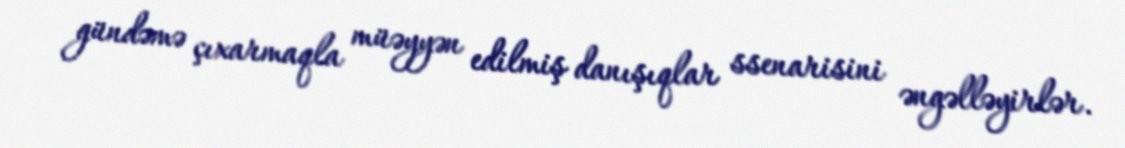
gündəmə çıxarmaqla müəyyən edilmiş danışıqlar ssenarisini əngəlləyirlər.